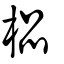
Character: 榀